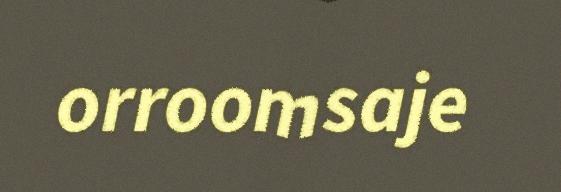
orroomsaje